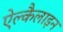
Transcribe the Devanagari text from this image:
ऐल्कैलाइन